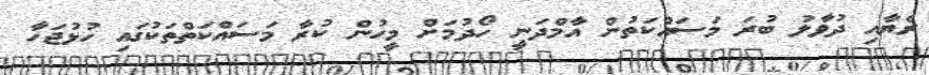
ރެޔާއި ދުވާލު ބުރަ މަސައްކަތުން އާމްދަނީ ހޯދުމަށް މީހުން ކުރާ މަސައްކަތްތަކުގައި ހުޅުޖަހާ